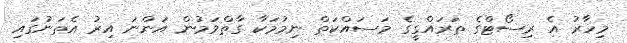
މިހާރު އެ ރިސޯޓްގެ ތަރައްގީގެ މަސައްކަތް ނިމުމަކާ ގާތްވަމުން އަންނަ އިރު އެތަނުގައި